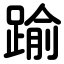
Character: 踰